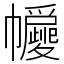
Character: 㡪